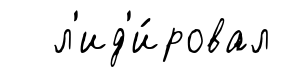
л'ид'и́ровал